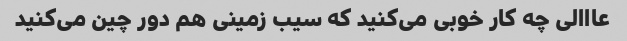
عااالی چه کار خوبی می‌کنید که سیب زمینی هم دور چین می‌کنید